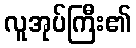
လူအုပ်ကြီး၏